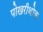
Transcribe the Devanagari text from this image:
पोखरीथोक